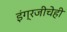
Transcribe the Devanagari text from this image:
इंग्रजीचेही